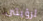
لرؤيتى